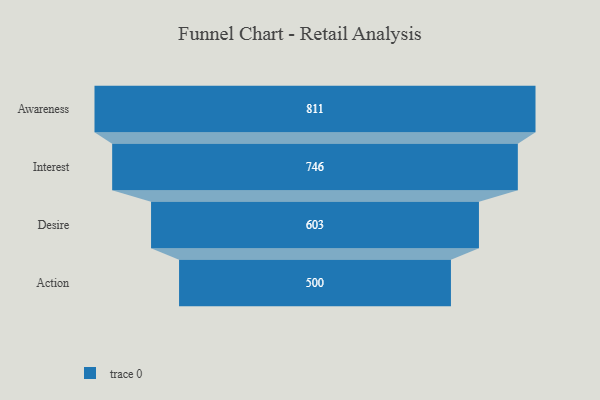
{"axis": {"x": "Stage", "y": "Value"}, "legend": [""], "data": [{"x": "Awareness", "y": 811.0, "type": ""}, {"x": "Interest", "y": 746.0, "type": ""}, {"x": "Desire", "y": 603.0, "type": ""}, {"x": "Action", "y": 500, "type": ""}]}